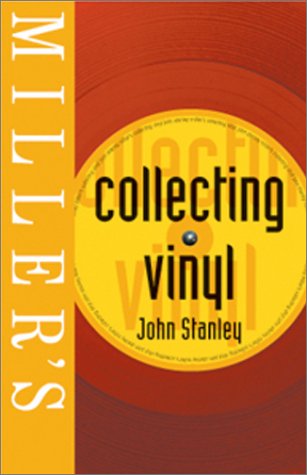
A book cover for Collecting Vinyl; John Stanley; Crafts, Hobbies & Home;